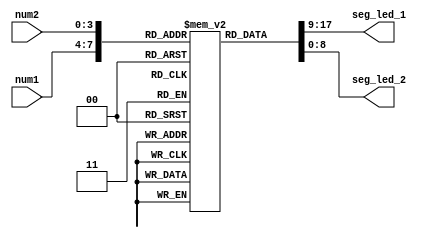
module segdisp (num1, num2, seg_led_1, seg_led_2);
    input [3:0] num1;
    input [3:0] num2;
    output [8:0] seg_led_1;
    output [8:0] seg_led_2;

    reg [8:0] seg[9:0];

    initial
    begin
        seg[0] = 9'h3f;
        seg[1] = 9'h06;
        seg[2] = 9'h5b;
        seg[3] = 9'h4f;
        seg[4] = 9'h66;
        seg[5] = 9'h6d;
        seg[6] = 9'h7d;
        seg[7] = 9'h07;
        seg[8] = 9'h7f;
        seg[9] = 9'h6f;
    end

    assign seg_led_1 = seg[num1];
    assign seg_led_2 = seg[num2];

endmodule